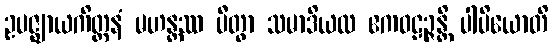
ဥပဇ္ဈာယကိတ္တနံ မဟန္တဿ ပီတွာ သမာဒိယထ ဧကဝဠဉ္ဇန္တိ ပါပိယောတိ